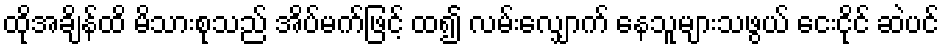
ထိုအချိန်ထိ မိသားစုသည် အိပ်မက်ဖြင့် ထ၍ လမ်းလျှောက် နေသူများသဖွယ် ငေးငိုင် ဆဲပင်